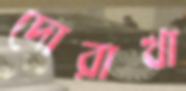
দোরাখা